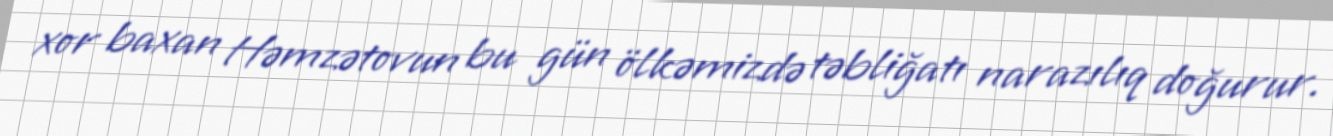
xor baxan Həmzətovun bu gün ölkəmizdə təbliğatı narazılıq doğurur.